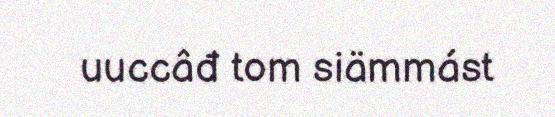
uuccâđ tom siämmást